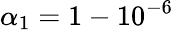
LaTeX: \alpha_{1}=1-10^{-6}